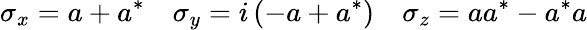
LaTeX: \sigma_{x}=a+a^{*}\quad\sigma_{y}=i\left(-a+a^{*}\right)\quad\sigma_{z}=aa^{*}-a^{*}a